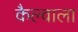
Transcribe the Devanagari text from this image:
कैल्वाला